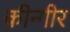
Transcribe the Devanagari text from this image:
कीन्गीर